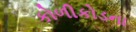
કોળીકોડના